Elephants and their diseases
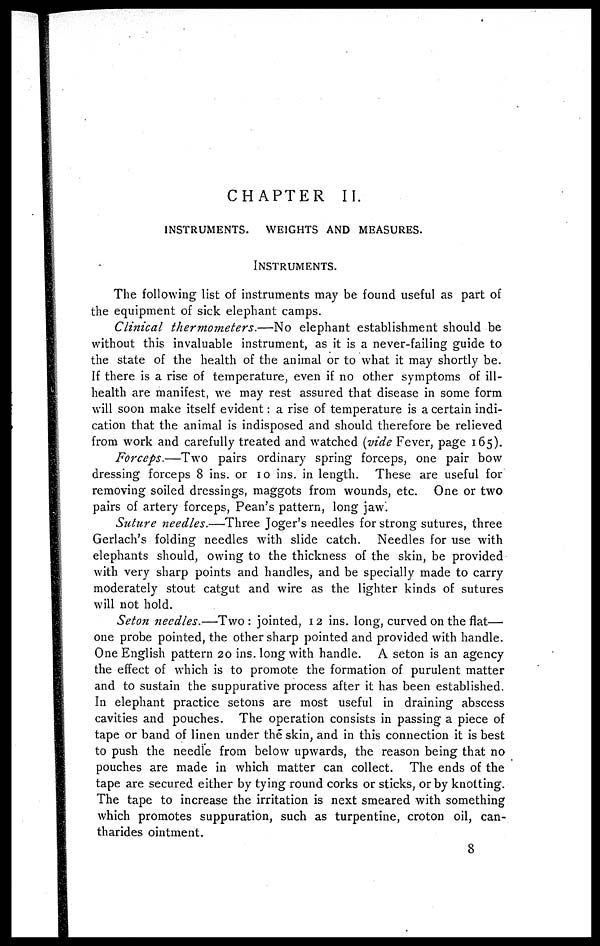
CHAPTER II.
INSTRUMENTS. WEIGHTS AND MEASURES.
INSTRUMENTS.
The following list of instruments may be found useful as part of
the equipment of sick elephant camps.
Clinical thermometers.—No
elephant establishment should be
without this invaluable instrument, as it is a never-failing guide to
the state of the health of the animal or to what it may shortly be.
If there is a rise of temperature, even if no other symptoms of ill-
health are manifest, we may rest assured that disease in some form
will soon make itself evident : a rise of temperature is a certain indi-
cation that the animal is indisposed and should therefore be relieved
from work and carefully treated and watched (vide Fever, page 165).
Forceps.—Two
pairs ordinary spring forceps, one pair bow
dressing forceps 8 ins. or 10 ins. in length. These are useful for
removing soiled dressings, maggots from wounds, etc. One or two
pairs of artery forceps, Pean's pattern, long jaw.
Suture needles.—Three Joger's needles for strong sutures, three
Gerlach's folding needles with slide catch. Needles for use with
elephants should, owing to the thickness of the skin, be provided
with very sharp points and handles, and be specially made to carry
moderately stout catgut and wire as the lighter kinds of sutures
will not hold.
Seton needles.—Two : jointed, 12 ins. long, curved on the flat—
one probe pointed, the other sharp pointed and provided with handle.
One English pattern 20 ins. long with handle. A seton is an agency
the effect of which is to promote the formation of purulent matter
and to sustain the suppurative process after it has been established.
In elephant practice setons are most useful in draining abscess
cavities and pouches. The operation consists in passing a piece of
tape or band of linen under the skin, and in this connection it is best
to push the needle from below upwards, the reason being that no
pouches are made in which matter can collect. The ends of the
tape are secured either by tying round corks or sticks, or by knotting.
The tape to increase the irritation is next smeared with something
which promotes suppuration, such as turpentine, croton oil, can-
tharides ointment.
8